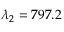
\lambda _ { 2 } = 7 9 7 . 2